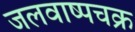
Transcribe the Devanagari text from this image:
जलवाष्पचक्र